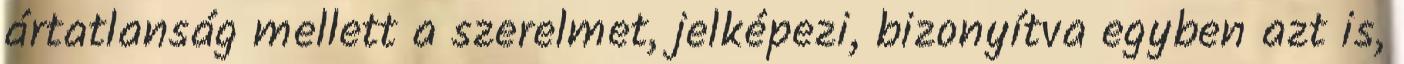
ártatlanság mellett a szerelmet, jelképezi, bizonyítva egyben azt is,